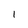
Character: l